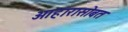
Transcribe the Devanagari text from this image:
आहारासोबत